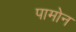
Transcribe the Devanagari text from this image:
पामोन